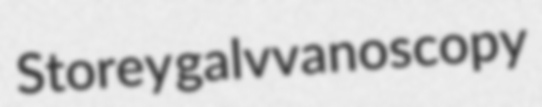
Storey galvvanoscopy